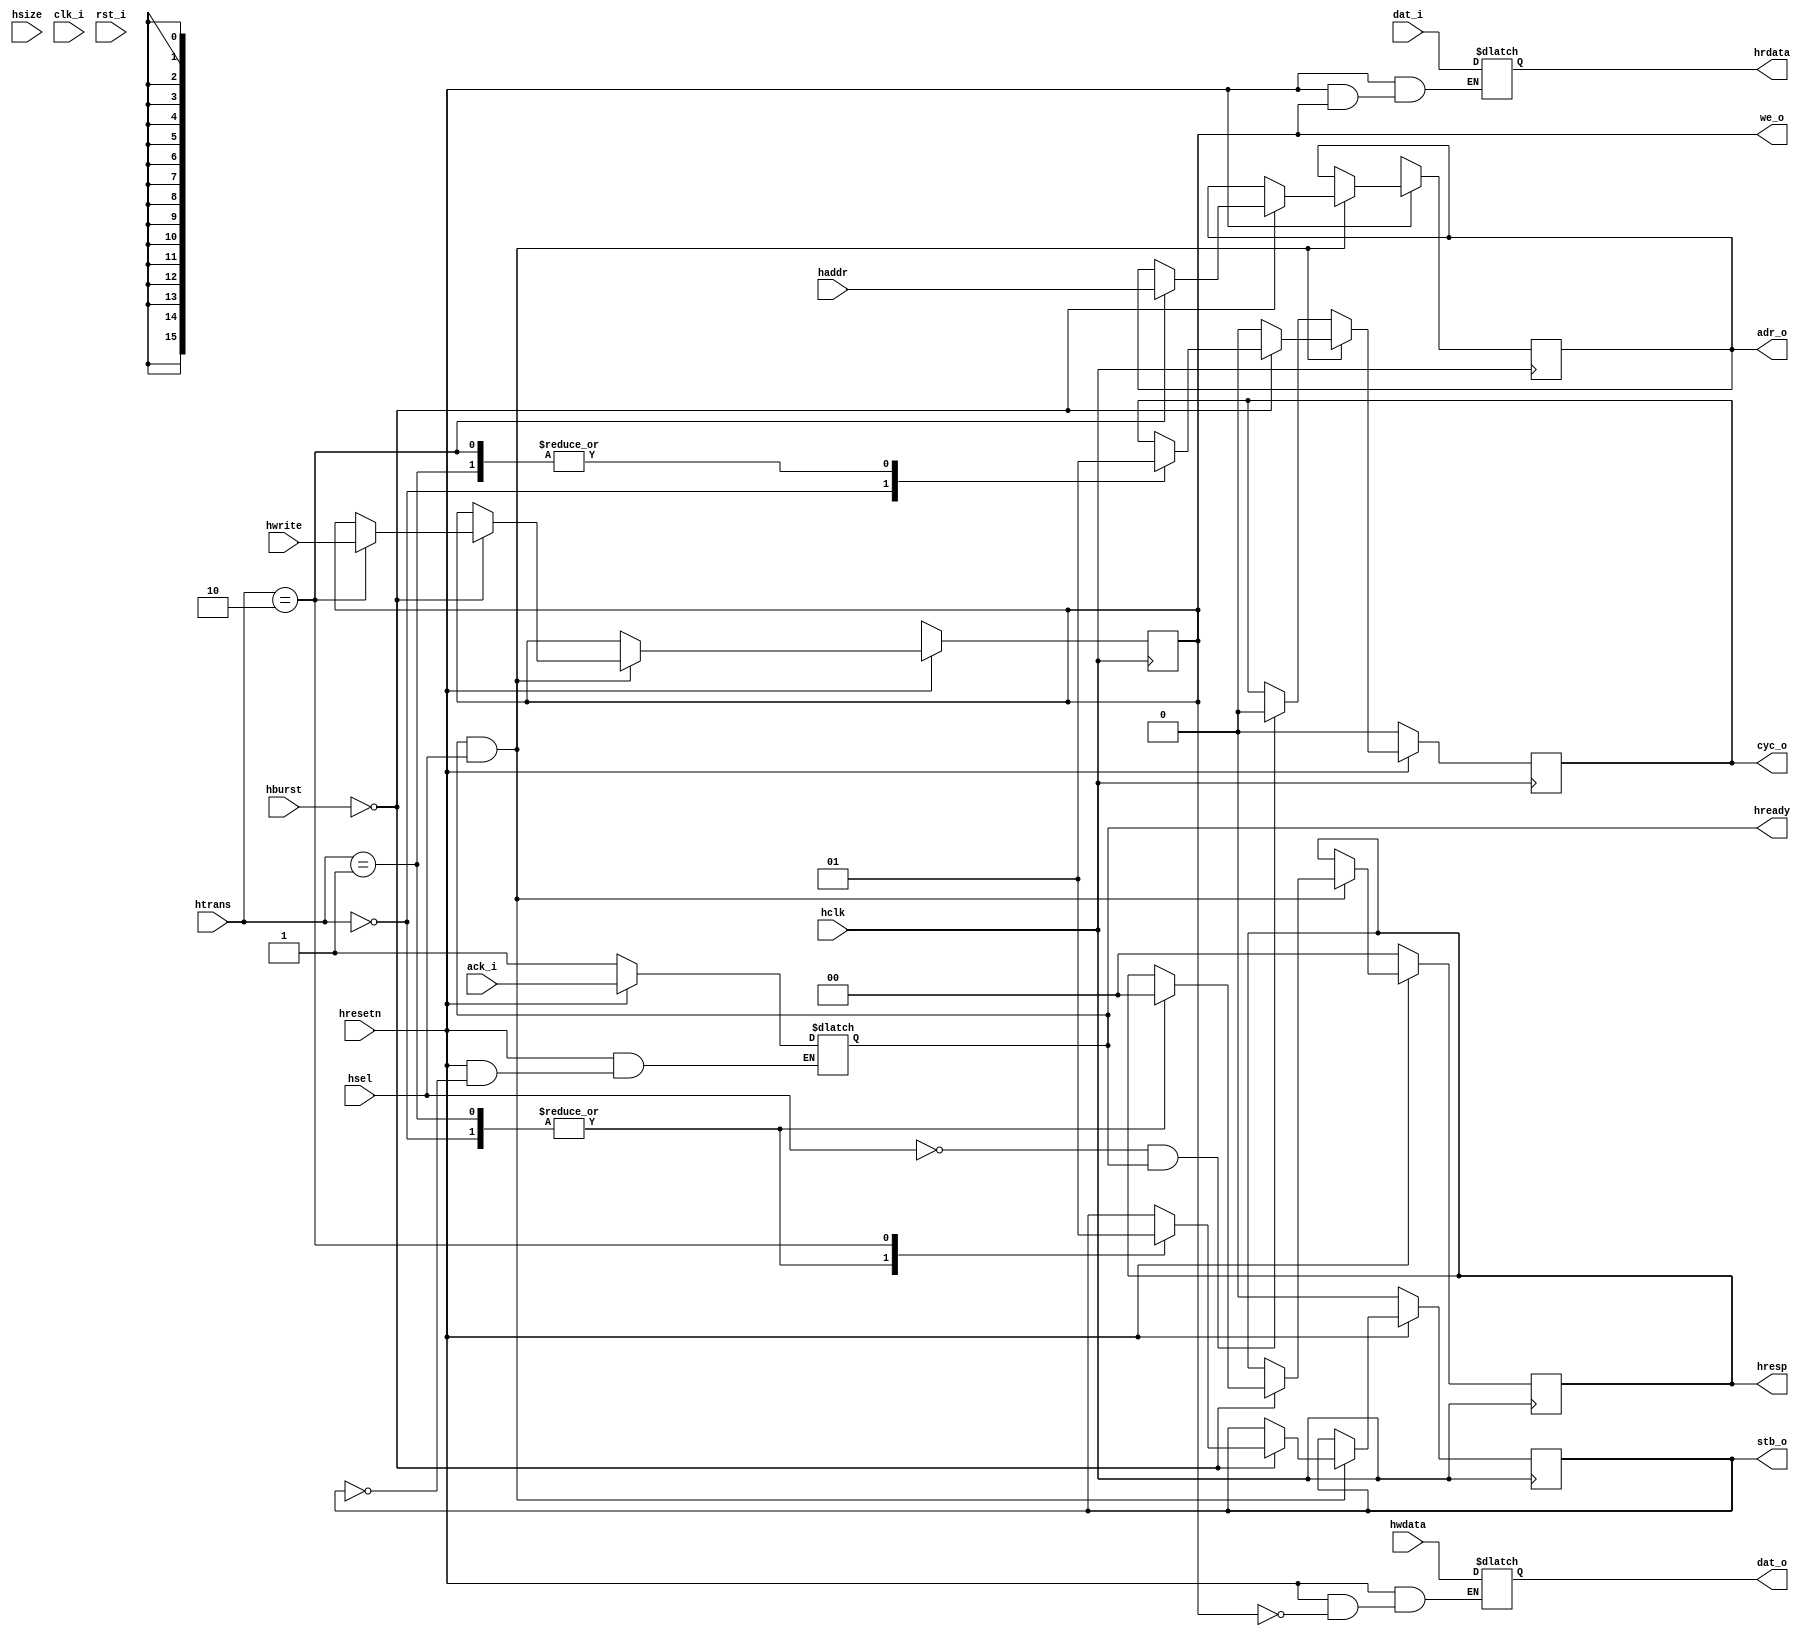

// Copyright (c) 2007 TooMuch Semiconductor Solutions Pvt Ltd.


//Designer		: 	Manish Agarwal
//Description	: 	AHB WISHBONE BRIDGE :- This design will connect AHB master interface with Wishbone slave.
//					This design will perform only single read-write operation.
//Revision		:	1.0


//******************************************************************************************************

`timescale 1 ns/1 ns

module ahb2wb(
	adr_o, dat_o, dat_i, ack_i, cyc_o,
	we_o, stb_o, hclk, hresetn, haddr, htrans, hwrite, hsize, hburst,
	hsel, hwdata, hrdata, hresp, hready, clk_i, rst_i
	);


//parameter declaration
	parameter AWIDTH = 16;
	parameter DWIDTH = 32;


//**************************************
// input ports
//**************************************

 //wishbone ports		
	input [DWIDTH-1:0]dat_i;						// data input from wishbone slave
	input ack_i;									// acknowledment from wishbone slave
	input clk_i;
	input rst_i;
	
 //AHB ports	
	input hclk; 									// clock
	input hresetn;									// active low reset
	input [DWIDTH-1:0]hwdata;						// data bus		
	input hwrite;									// write/read enable
	input [2:0]hburst;								// burst type
	input [2:0]hsize;								// data size
	input [1:0]htrans;								// type of transfer
	input hsel;										// slave select 
	input [AWIDTH-1:0]haddr;						// address bus	


//**************************************
// output ports
//**************************************

 //wishbone ports
	output [AWIDTH-1:0]adr_o;						// address to wishbone slave 
	output [DWIDTH-1:0]dat_o;						// data output for wishbone slave
	output cyc_o;									// signal to indicate valid bus cycle
	output we_o;									// write enable
	output stb_o;									// strobe to indicate valid data transfer cycle
		

 // AHB ports
	output [DWIDTH-1:0]hrdata;						// data output for wishbone slave
	output [1:0]hresp;								// response signal from slave
	output hready;									// slave ready


//**************************************
// inout ports
//**************************************


//**********************************************************************************


// datatype declaration
	reg [DWIDTH-1:0]hrdata;
	reg hready;
	reg [1:0]hresp;
	reg stb_o;
	wire we_o;
	reg cyc_o;
	wire [AWIDTH-1:0]adr_o;
	reg [DWIDTH-1:0]dat_o;
	
// local memory registers
	reg [AWIDTH-1 : 0]addr_temp;
	reg hwrite_temp;								// to hold write enable signal temporarily

//*******************************************************************
// AHB WISHBONE BRIDGE logic
//*******************************************************************
						
	assign #2 we_o = hwrite_temp;
	assign #2 adr_o = addr_temp;

	always @ (posedge hclk ) begin
		if (!hresetn) begin
			hresp  <= 2'b00;
			cyc_o <= 'b0;
			stb_o <= 'b0;
			addr_temp <= 'bx;
			hwrite_temp <= 'bx;
			//dat_o <='bx;
		end
		else if(hready & hsel) begin
			case (hburst)
 				// single transfer
				3'b000 	:	begin										
								case (htrans)
									// idle transfer type
									2'b00 :	begin
												cyc_o <= 'b0;
												hresp <= 2'b00;			// ok response
												stb_o <= 'b0;
											
											end

									// busy transfer type
									2'b01 :	begin						
												hresp <= 2'b00; 		// ok response
												stb_o <= 'b0;
												cyc_o <= 'b1;
											end
	
									// Non-Sequential
									2'b10 : begin
												cyc_o <= 'b1;
												stb_o <= 'b1;
												addr_temp <= haddr;
												hwrite_temp <= hwrite;			// control signal stored that was received in address phase
											end
								endcase
							end

				default	:	cyc_o <= 'b0;
			endcase
		end
		else if (!hsel & hready) begin
			cyc_o <= 'b0;					//invalid bus transfer
		end

	end


// combinational logic - asynchronous read/write
/*
	always@(hwrite_temp or hwdata or dat_i or ack_i or hresetn or stb_o ) begin
		
		if (!hresetn) begin
			hready = 'b1; //non-blocking statement removed and fixed SYNTH_77 warning
		end
		else begin		
			if (stb_o) 
				hready = ack_i;
                   end
			if ( hwrite_temp ) 
				dat_o = hwdata;
			else if (!hwrite_temp) 
				hrdata = dat_i;
		end
						
	end	
*/
always@(hwrite_temp or hwdata or dat_i or ack_i or hresetn or stb_o ) begin

		if (!hresetn) begin
			hready = 'b1; //Non-blocking statement removed and fixed SYNTH_77 warning
		end
		else begin		
			if (stb_o) 
				hready = ack_i;
                   end
end
		
always@(hwrite_temp or hwdata or dat_i or ack_i or hresetn or stb_o ) 
begin
    if (!hresetn) 
      begin
        dat_o = 'bx;
        hrdata = 'bx;
      end
    else 
      begin
        if (hwrite_temp)
          dat_o = hwdata;
        else 
          hrdata = dat_i;
     end
end

endmodule